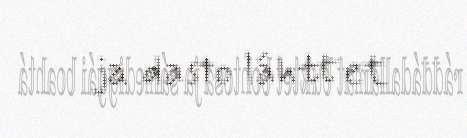
ja dasto láhttet